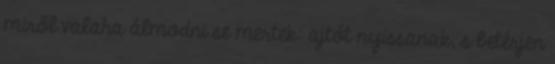
miről valaha álmodni se mertek: ajtót nyissanak, s betérjen